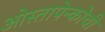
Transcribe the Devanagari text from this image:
ओस्तापेन्कोची